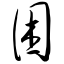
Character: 困